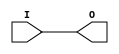
module BUFG (output O, input I);
   assign O = I;
endmodule